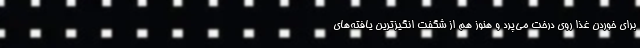
برای خوردن غذا روی درخت می‌پرد و هنوز هم از شگفت انگیزترین یافته‌های